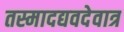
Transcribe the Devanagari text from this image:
तस्मादद्यवदेवात्र